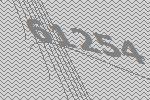
61254